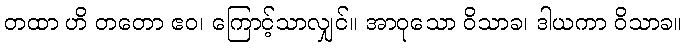
တထာ ဟိ တတော ဧဝ၊ ကြောင့်သာလျှင်။ အာဝုသော ဝိသာခ၊ ဒါယကာ ဝိသာခ။